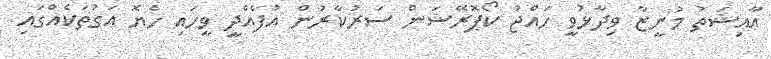
ޢާއިޝަތު މުނީޒާ ވިދާޅުވީ ހައްޖު ކޯޕޮރޭޝަން ސަރުކާރުން އުފެއްދީ ވީހައި ހެޔޮ އަގުތަކެއްގައި